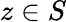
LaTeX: z\in S